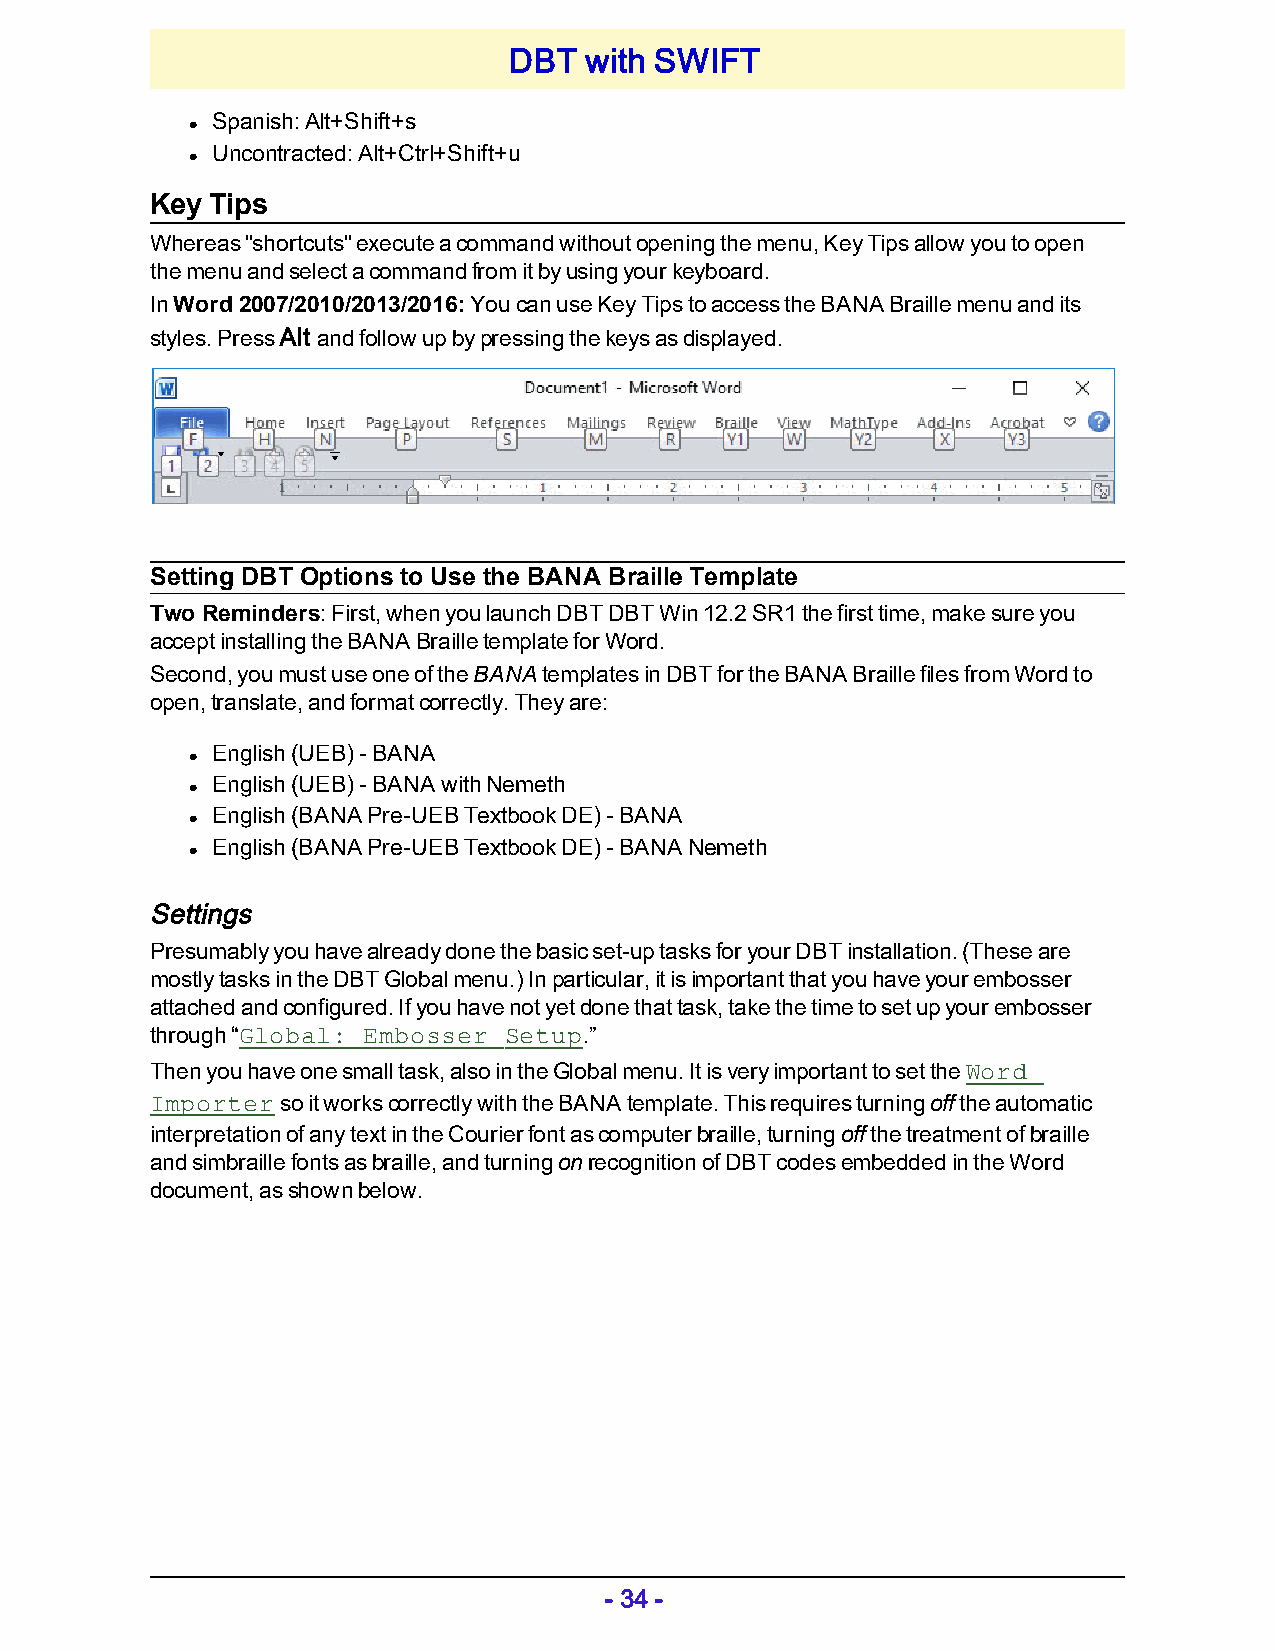
DBT  with SWIFT
 Spanish: Alt+Shift+s
 l
 Uncontracted: Alt+Ctrl+Shift+u
 l
 Key Tips
 Whereas "shortcuts" execute a command without opening the menu, Key Tips allow you to open
 the menu and select a command from it by using your keyboard.
 In Word 2007/2010/2013/2016: You can use Key Tips to access the BANA Braille menu and its
 styles. Press Alt and follow up by pressing the keys as displayed.
 Setting DBT Options to Use the BANA Braille Template
 Two Reminders: First, when you launch DBT DBT Win 12.2 SR1 the first time, make sure you
 accept installing the BANA Braille template for Word.
 Second, you must use one of the BANA templates in DBT for the BANA Braille files from Word to
 open, translate, and format correctly. They are:
 English (UEB) - BANA
 l
 English (UEB) - BANA with Nemeth
 l
 English (BANA Pre-UEB Textbook DE) - BANA
 l
 English (BANA Pre-UEB Textbook DE) - BANA Nemeth
 l
 Settings
 Presumably you have already done the basic set-up tasks for your DBT installation. (These are
 mostly tasks in the DBT Global menu.) In particular, it is important that you have your embosser
 attached and configured. If you have not yet done that task, take the time to set up your embosser
 through “Global: Embosser Setup.”
 Then you have one small task, also in the Global menu. It is very important to set the Word
 Importer so it works correctly with the BANA template. This requires turning off the automatic
 interpretation of any text in the Courier font as computer braille, turning off the treatment of braille
 and simbraille fonts as braille, and turning on recognition of DBT codes embedded in the Word
 document, as shown below.
 - 34 -